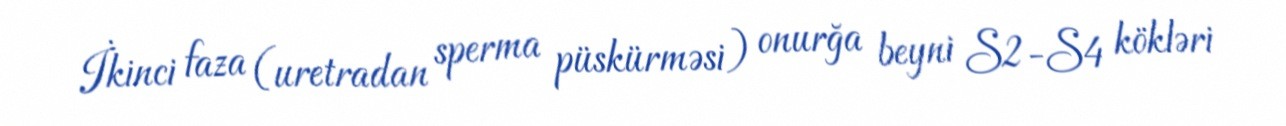
İkinci faza (uretradan sperma püskürməsi) onurğa beyni S2-S4 kökləri